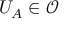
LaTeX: U _ { A } \in { \mathcal { O } }